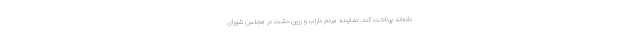
داده‌اند پرداخت کند. نماینده مردم داراب و زرین دشت در مجلس شورای